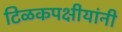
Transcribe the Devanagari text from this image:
टिळकपक्षीयांनी